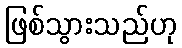
ဖြစ်သွားသည်ဟု